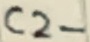
Text: C2-